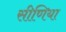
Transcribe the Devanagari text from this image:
सीणिया